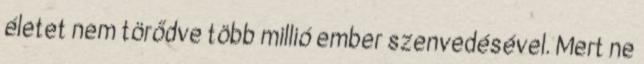
életet nem törődve több millió ember szenvedésével. Mert ne